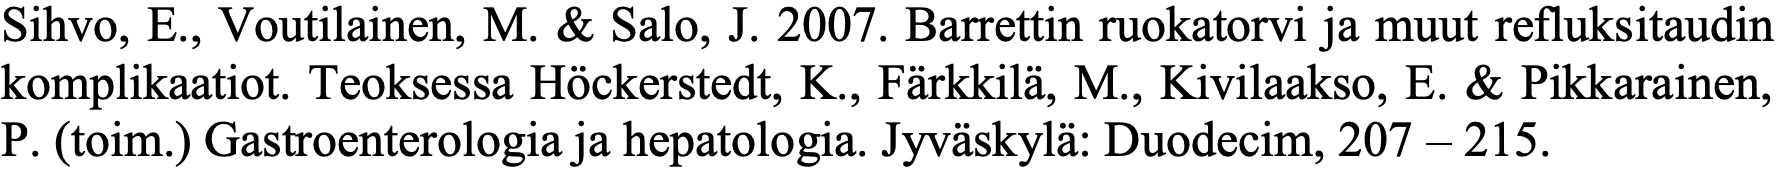
Sihvo, E., Voutilainen, M. & Salo, J. 2007. Barrettin ruokatorvi ja muut refluksitaudin komplikaatiot. Teoksessa Höckerstedt, K., Färkkilä, M., Kivilaakso, E. & Pikkarainen, P. (toim.) Gastroenterologia ja hepatologia. Jyväskylä: Duodecim, 207 – 215.